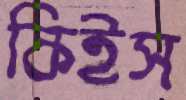
কিইস